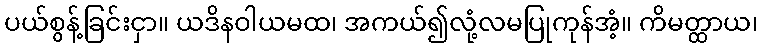
ပယ်စွန့်ခြင်းငှာ။ ယဒိနဝါယမထ၊ အကယ်၍လုံ့လမပြုကုန်အံ့။ ကိမတ္ထာယ၊